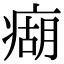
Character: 㾰